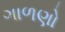
ગાળણો